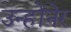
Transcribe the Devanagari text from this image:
उन्होंनेर